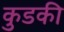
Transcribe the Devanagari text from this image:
कुडकी